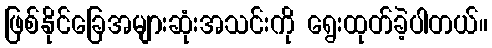
ဖြစ်နိုင်ခြေအများဆုံးအသင်းကို ရွေးထုတ်ခဲ့ပါတယ်။